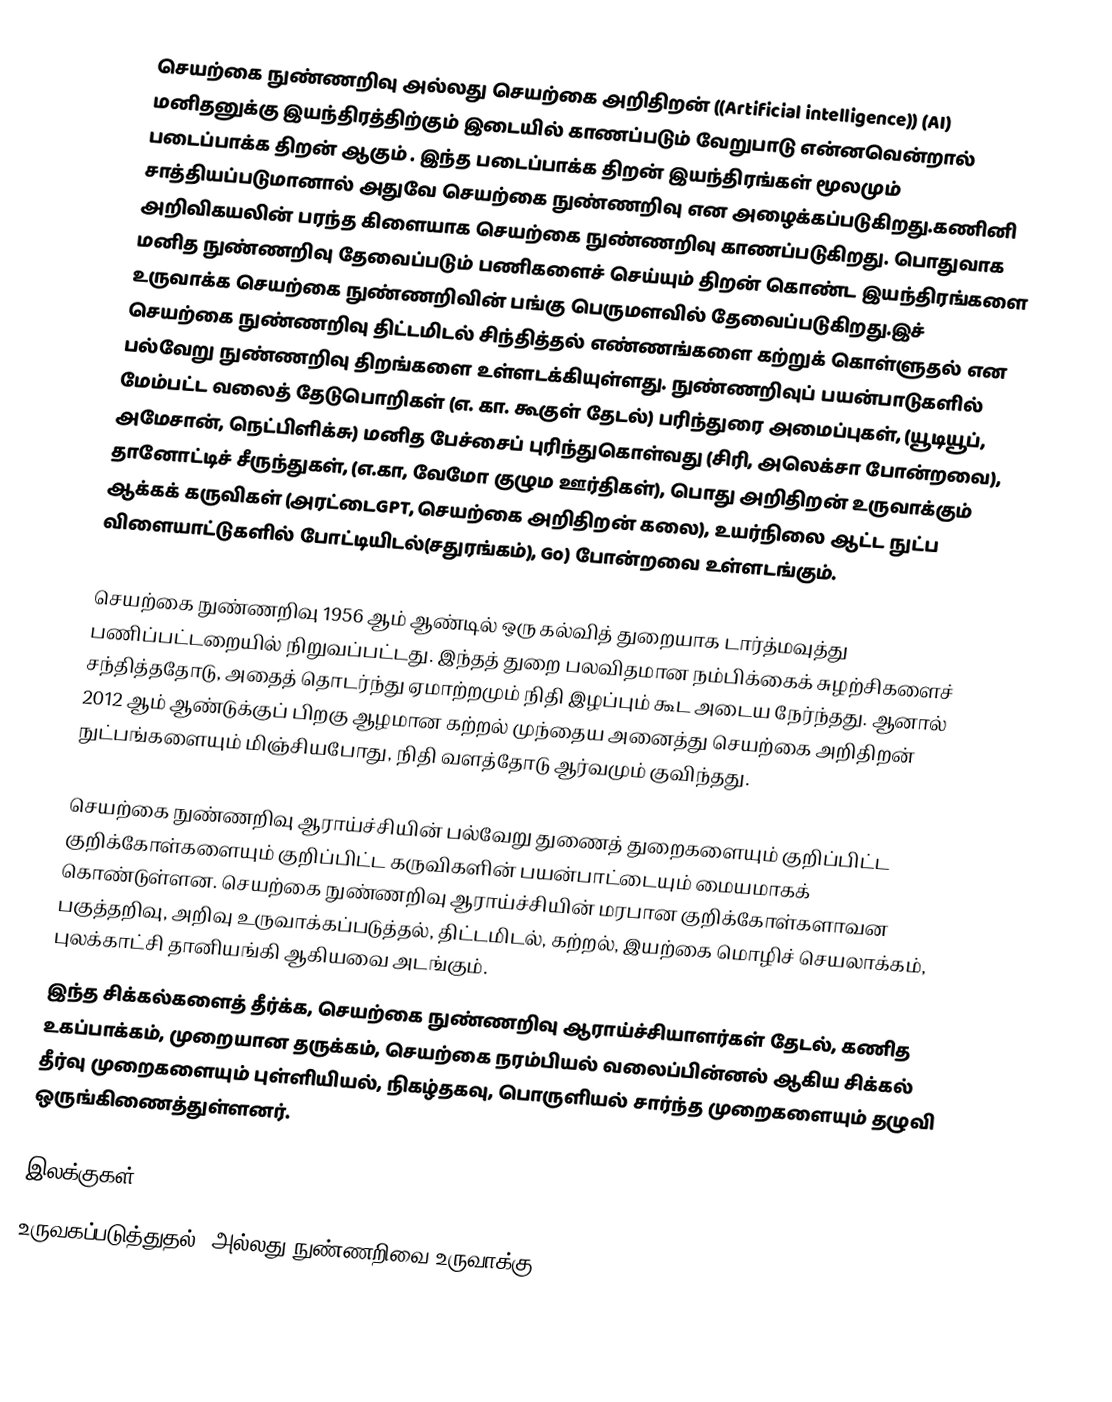
செயற்கை நுண்ணறிவு அல்லது செயற்கை அறிதிறன் ((Artificial intelligence)) (AI) மனிதனுக்கு இயந்திரத்திற்கும் இடையில் காணப்படும் வேறுபாடு என்னவென்றால் படைப்பாக்க திறன் ஆகும் . இந்த படைப்பாக்க திறன் இயந்திரங்கள் மூலமும் சாத்தியப்படுமானால் அதுவே செயற்கை நுண்ணறிவு என அழைக்கப்படுகிறது.கணினி அறிவிகயலின் பரந்த கிளையாக செயற்கை நுண்ணறிவு காணப்படுகிறது. பொதுவாக மனித நுண்ணறிவு தேவைப்படும் பணிகளைச் செய்யும் திறன் கொண்ட இயந்திரங்களை உருவாக்க செயற்கை நுண்ணறிவின் பங்கு பெருமளவில் தேவைப்படுகிறது.இச் செயற்கை நுண்ணறிவு திட்டமிடல் சிந்தித்தல் எண்ணங்களை கற்றுக் கொள்ளுதல் என பல்வேறு நுண்ணறிவு திறங்களை உள்ளடக்கியுள்ளது. நுண்ணறிவுப் பயன்பாடுகளில் மேம்பட்ட வலைத் தேடுபொறிகள் (எ. கா. கூகுள் தேடல்) பரிந்துரை அமைப்புகள், (யூடியூப், அமேசான், நெட்பிளிக்சு)  மனித பேச்சைப் புரிந்துகொள்வது (சிரி, அலெக்சா போன்றவை), தானோட்டிச் சீருந்துகள், (எ.கா, வேமோ குழும ஊர்திகள்), பொது அறிதிறன் உருவாக்கும் ஆக்கக் கருவிகள் (அரட்டைGPT,  செயற்கை அறிதிறன் கலை), உயர்நிலை ஆட்ட நுட்ப விளையாட்டுகளில் போட்டியிடல்(சதுரங்கம்), Go) போன்றவை உள்ளடங்கும்.

செயற்கை நுண்ணறிவு 1956 ஆம் ஆண்டில் ஒரு கல்வித் துறையாக டார்த்மவுத்து பணிப்பட்டறையில் நிறுவப்பட்டது. இந்தத் துறை பலவிதமான நம்பிக்கைக் சுழற்சிகளைச் சந்தித்ததோடு, அதைத் தொடர்ந்து ஏமாற்றமும் நிதி இழப்பும் கூட அடைய நேர்ந்தது. ஆனால் 2012 ஆம் ஆண்டுக்குப் பிறகு ஆழமான கற்றல் முந்தைய அனைத்து செயற்கை அறிதிறன் நுட்பங்களையும் மிஞ்சியபோது, நிதி வளத்தோடு ஆர்வமும் குவிந்தது.

செயற்கை நுண்ணறிவு ஆராய்ச்சியின் பல்வேறு துணைத் துறைகளையும் குறிப்பிட்ட குறிக்கோள்களையும் குறிப்பிட்ட கருவிகளின் பயன்பாட்டையும் மையமாகக் கொண்டுள்ளன. செயற்கை நுண்ணறிவு ஆராய்ச்சியின் மரபான குறிக்கோள்களாவன பகுத்தறிவு, அறிவு உருவாக்கப்படுத்தல், திட்டமிடல், கற்றல், இயற்கை மொழிச் செயலாக்கம், புலக்காட்சி தானியங்கி ஆகியவை அடங்கும்.
இந்த சிக்கல்களைத் தீர்க்க, செயற்கை நுண்ணறிவு ஆராய்ச்சியாளர்கள் தேடல், கணித உகப்பாக்கம், முறையான தருக்கம், செயற்கை நரம்பியல் வலைப்பின்னல் ஆகிய சிக்கல் தீர்வு முறைகளையும் புள்ளியியல், நிகழ்தகவு, பொருளியல் சார்ந்த முறைகளையும் தழுவி ஒருங்கிணைத்துள்ளனர்.

இலக்குகள்
உருவகப்படுத்துதல் (அல்லது நுண்ணறிவை உருவாக்கு